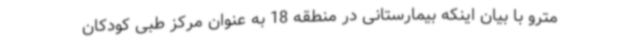
مترو با بیان اینکه بیمارستانی در منطقه 18 به عنوان مرکز طبی کودکان